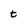
Character: t